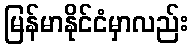
မြန်မာနိုင်ငံမှာလည်း